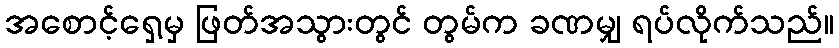
အစောင့်ရှေ့မှ ဖြတ်အသွားတွင် တွမ်က ခဏမျှ ရပ်လိုက်သည်။